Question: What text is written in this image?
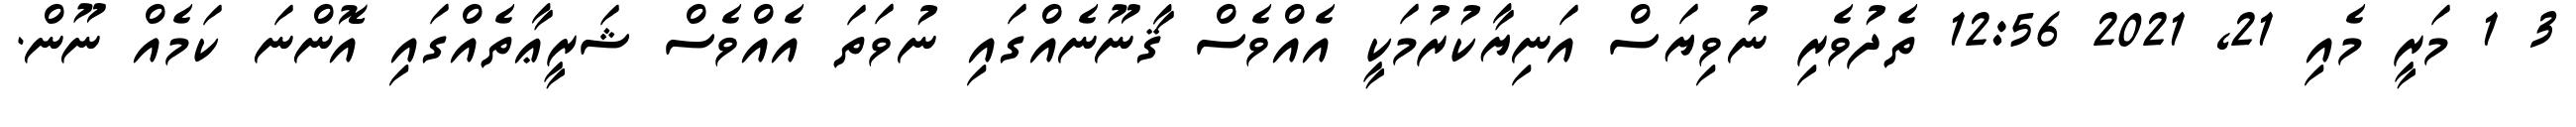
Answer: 3 1 މަރީ މެއި 21, 2021 12:56 ތެދުވެރި ނުވިޔަސް އަނިޔާކުރުމަކީ އެއްވެސް ޤާނޫނެއްގައި ނުވަތަ އެއްވެސް ޝަރީޢާތެއްގައި އޮންނަ ކަމެއް ނޫން.